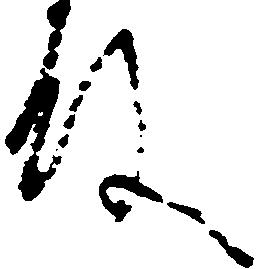
殿